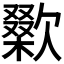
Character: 𣤜